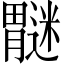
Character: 𫆿